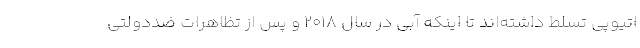
اتیوپی تسلط داشته‌اند تا اینکه آبی در سال 2018 و پس از تظاهرات ضددولتی